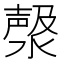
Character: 𣼘